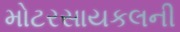
મોટરસાયકલની